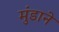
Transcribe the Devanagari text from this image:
मुंडाने